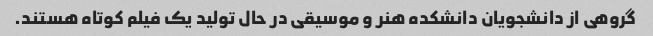
گروهی از دانشجویان دانشکده هنر و موسیقی در حال تولید یک فیلم کوتاه هستند.